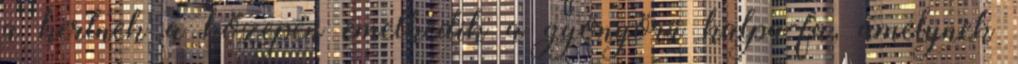
a kertnek a közepén emelkedik a gyönyörű kalpa-fa, amelynek